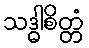
သဒ္ဓါစိတ္တံ